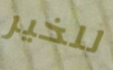
للخير